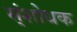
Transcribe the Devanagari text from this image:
स्ंशोधक